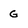
Character: G